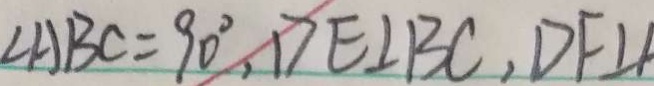
\angle A B C = 9 0 ^ { \circ } , D E \bot B C , D F \bot